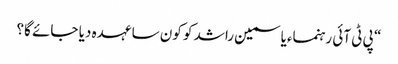
“ پی ٹی آئی رہنماءیاسمین راشد کو کون سا عہدہ دیا جائے گا؟